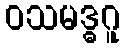
ဝသမဒ္ဓဂူ